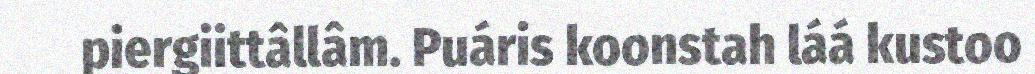
piergiittâllâm. Puáris koonstah láá kustoo